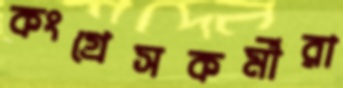
কংগ্রেসকর্মীরা